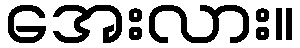
အေးလား။